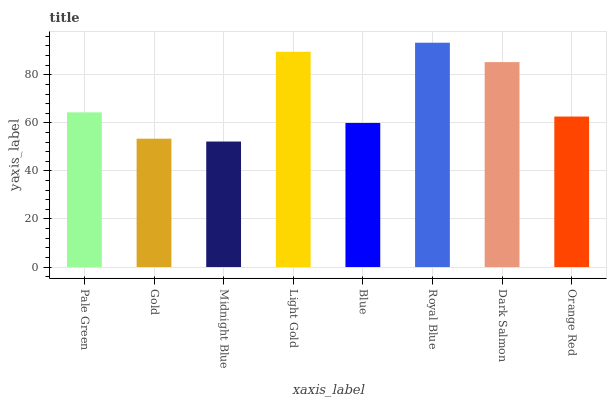
| xaxis_label | bars |
 | --- | --- |
 | Pale Green | 64.4 |
 | Gold | 53.4 |
 | Midnight Blue | 52.2 |
 | Light Gold | 89.6 |
 | Blue | 60 |
 | Royal Blue | 93.4 |
 | Dark Salmon | 85.3 |
 | Orange Red | 62.6 |